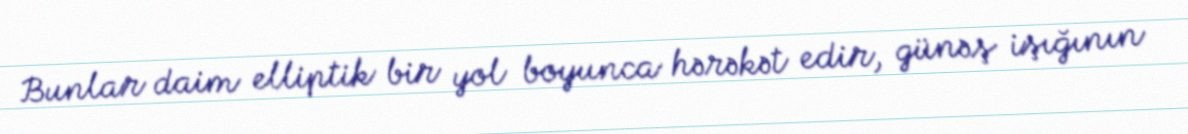
Bunlar daim elliptik bir yol boyunca hərəkət edir, günəş işığının